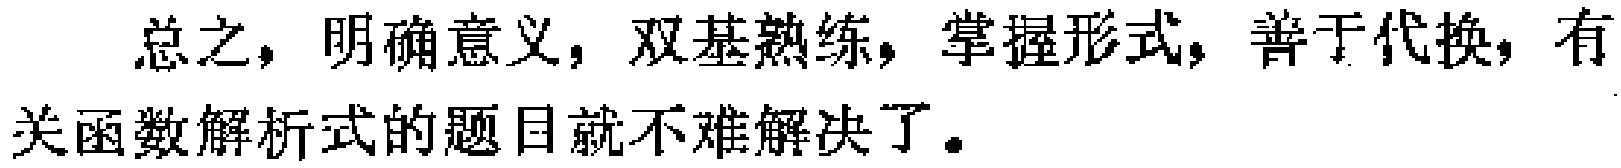
总之，明确意义，双基熟练，掌握形式，善于代换，有关函数解析式的题目就不难解决了。